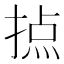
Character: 𢰷